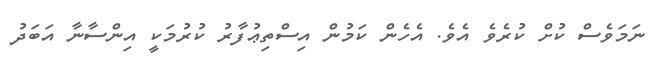
ނަމަވެސް ކުށް ކުރެވެ އެވެ. އެހެން ކަމުން އިސްތިޢުފާރު ކުރުމަކީ އިންސާނާ އަބަދު